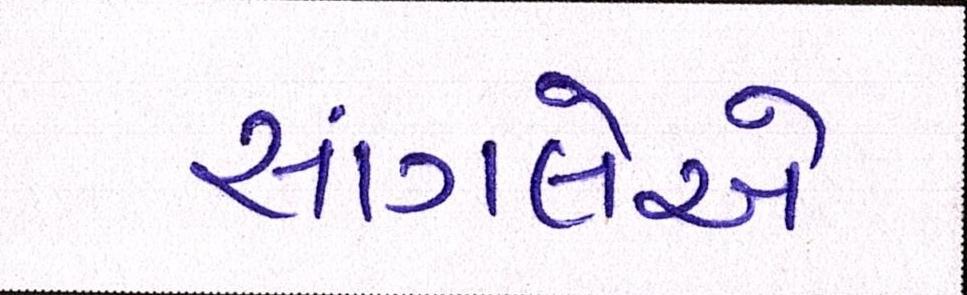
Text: સાંગલેએ